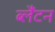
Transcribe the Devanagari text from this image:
ब्लैंटन